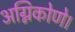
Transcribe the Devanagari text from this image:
अग्निकोणे।